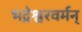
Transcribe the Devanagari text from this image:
भद्रेश्वरवर्मन्